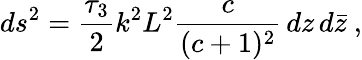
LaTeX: ds^{2}={\frac{\tau_{3}}{2}}k^{2}L^{2}{\frac{c}{(c+1)^{2}}}\, dz\, d\bar{z}\ ,